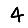
Digit: 4